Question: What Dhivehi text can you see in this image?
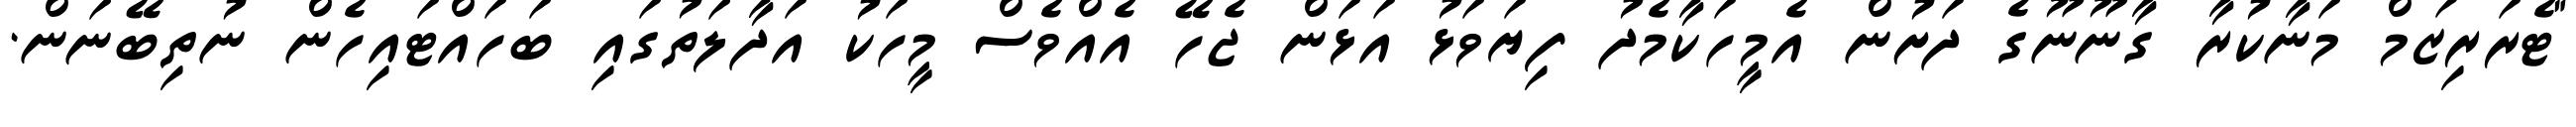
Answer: "ޓެރަރިޒަމް މަނާކުރާ ގާނޫނޫގެ ދަށުން އެމީހަކާމެދު ފިޔަވަޅު އަޅަން ޖެހޭ އެއްވެސް މީހަކު އަދާލަތުގައި ބަހައްޓައިހެން ނުތިބޭނަން.